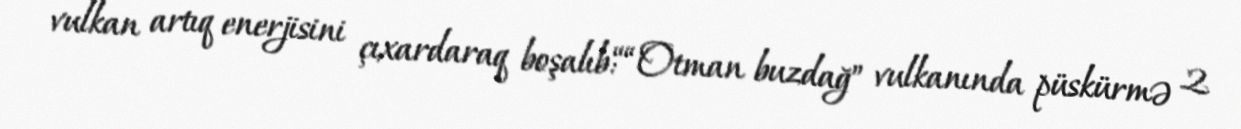
vulkan artıq enerjisini çıxardaraq boşalıb:““Otman buzdağ” vulkanında püskürmə 2